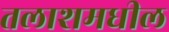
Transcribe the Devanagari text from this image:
तलाशमधील